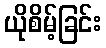
ယိုစိမ့်ခြင်း